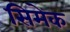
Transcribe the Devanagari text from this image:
सिमेक